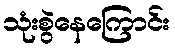
သုံးစွဲနေကြောင်း